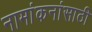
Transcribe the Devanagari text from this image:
नामांकनांसाठी